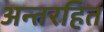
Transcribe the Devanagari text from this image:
अन्तरहित